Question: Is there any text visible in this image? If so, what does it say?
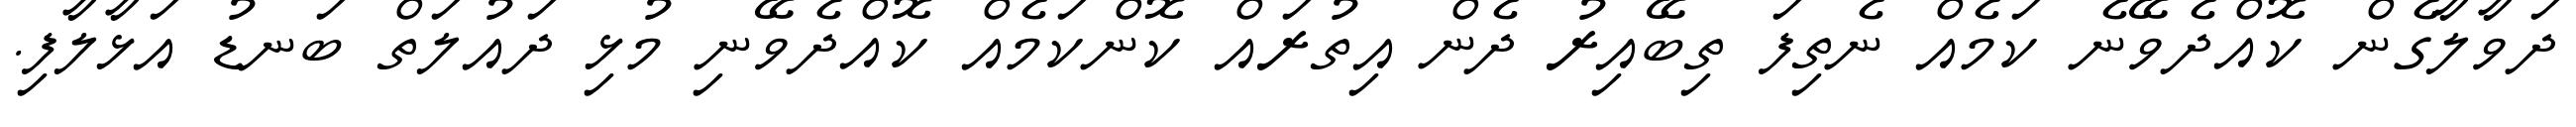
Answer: ދަވާލާގެން ކޮއްދެވޭނެ ކަމެއް ނެތިފަ ތިބޭއިރު ދެން އިތުރައް ކޮންކަމެއް ކޮއްދެވޭނި މުޅި ދައުލަތް ބަނޑު އަޅާލާފި.